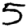
Digit: 5